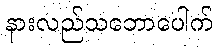
နားလည်သဘောပေါက်